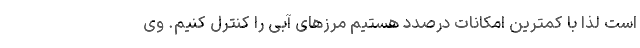
است لذا با کمترین امکانات درصدد هستیم مرزهای آبی را کنترل کنیم. وی